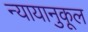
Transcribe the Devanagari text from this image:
न्यायानुकूल